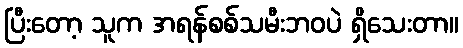
ပြီးတော့ သူက အရန်စစ်သမီးဘဝပဲ ရှိသေးတာ။